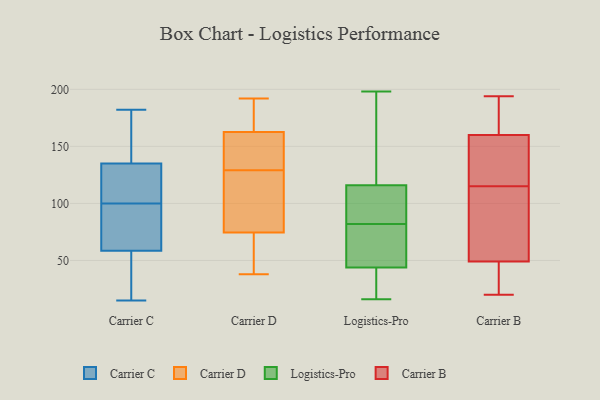
{"axis": {"x": "Market Share (%)", "y": "Value"}, "legend": ["Carrier B", "Carrier C", "Carrier D", "Logistics-Pro"], "data": [{"x": "", "y": 123, "type": "Carrier C"}, {"x": "", "y": 44, "type": "Carrier C"}, {"x": "", "y": 119, "type": "Carrier C"}, {"x": "", "y": 78, "type": "Carrier C"}, {"x": "", "y": 15, "type": "Carrier C"}, {"x": "", "y": 73, "type": "Carrier C"}, {"x": "", "y": 181, "type": "Carrier C"}, {"x": "", "y": 159, "type": "Carrier C"}, {"x": "", "y": 94, "type": "Carrier C"}, {"x": "", "y": 19, "type": "Carrier C"}, {"x": "", "y": 163, "type": "Carrier C"}, {"x": "", "y": 44, "type": "Carrier C"}, {"x": "", "y": 104, "type": "Carrier C"}, {"x": "", "y": 106, "type": "Carrier C"}, {"x": "", "y": 117, "type": "Carrier C"}, {"x": "", "y": 182, "type": "Carrier C"}, {"x": "", "y": 20, "type": "Carrier C"}, {"x": "", "y": 96, "type": "Carrier C"}, {"x": "", "y": 147, "type": "Carrier C"}, {"x": "", "y": 94, "type": "Carrier C"}, {"x": "", "y": 89, "type": "Carrier D"}, {"x": "", "y": 91, "type": "Carrier D"}, {"x": "", "y": 38, "type": "Carrier D"}, {"x": "", "y": 175, "type": "Carrier D"}, {"x": "", "y": 177, "type": "Carrier D"}, {"x": "", "y": 128, "type": "Carrier D"}, {"x": "", "y": 130, "type": "Carrier D"}, {"x": "", "y": 38, "type": "Carrier D"}, {"x": "", "y": 171, "type": "Carrier D"}, {"x": "", "y": 192, "type": "Carrier D"}, {"x": "", "y": 154, "type": "Carrier D"}, {"x": "", "y": 148, "type": "Carrier D"}, {"x": "", "y": 60, "type": "Carrier D"}, {"x": "", "y": 55, "type": "Carrier D"}, {"x": "", "y": 43, "type": "Carrier D"}, {"x": "", "y": 120, "type": "Carrier D"}, {"x": "", "y": 141, "type": "Carrier D"}, {"x": "", "y": 176, "type": "Carrier D"}, {"x": "", "y": 143, "type": "Carrier D"}, {"x": "", "y": 113, "type": "Carrier D"}, {"x": "", "y": 16, "type": "Logistics-Pro"}, {"x": "", "y": 124, "type": "Logistics-Pro"}, {"x": "", "y": 72, "type": "Logistics-Pro"}, {"x": "", "y": 128, "type": "Logistics-Pro"}, {"x": "", "y": 198, "type": "Logistics-Pro"}, {"x": "", "y": 37, "type": "Logistics-Pro"}, {"x": "", "y": 88, "type": "Logistics-Pro"}, {"x": "", "y": 64, "type": "Logistics-Pro"}, {"x": "", "y": 28, "type": "Logistics-Pro"}, {"x": "", "y": 92, "type": "Logistics-Pro"}, {"x": "", "y": 82, "type": "Logistics-Pro"}, {"x": "", "y": 176, "type": "Carrier B"}, {"x": "", "y": 47, "type": "Carrier B"}, {"x": "", "y": 114, "type": "Carrier B"}, {"x": "", "y": 145, "type": "Carrier B"}, {"x": "", "y": 190, "type": "Carrier B"}, {"x": "", "y": 40, "type": "Carrier B"}, {"x": "", "y": 128, "type": "Carrier B"}, {"x": "", "y": 144, "type": "Carrier B"}, {"x": "", "y": 21, "type": "Carrier B"}, {"x": "", "y": 175, "type": "Carrier B"}, {"x": "", "y": 20, "type": "Carrier B"}, {"x": "", "y": 105, "type": "Carrier B"}, {"x": "", "y": 88, "type": "Carrier B"}, {"x": "", "y": 177, "type": "Carrier B"}, {"x": "", "y": 51, "type": "Carrier B"}, {"x": "", "y": 116, "type": "Carrier B"}, {"x": "", "y": 93, "type": "Carrier B"}, {"x": "", "y": 43, "type": "Carrier B"}, {"x": "", "y": 194, "type": "Carrier B"}, {"x": "", "y": 138, "type": "Carrier B"}]}